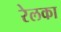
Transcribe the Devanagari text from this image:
रेलका